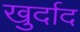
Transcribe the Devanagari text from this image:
खुर्दाद